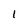
Character: 1